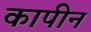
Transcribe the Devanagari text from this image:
कापीन